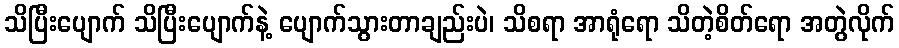
သိပြီးပျောက် သိပြီးပျောက်နဲ့ ပျောက်သွားတာချည်းပဲ၊ သိစရာ အာရုံရော သိတဲ့စိတ်ရော အတွဲလိုက်